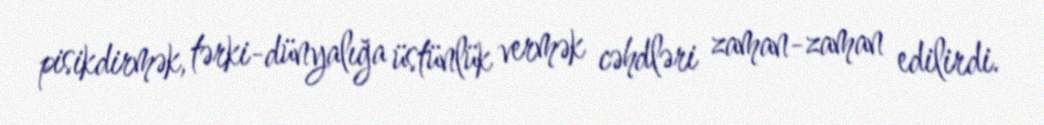
pisikdirmək, tərki-dünyalığa üstünlük vermək cəhdləri zaman-zaman edilirdi.